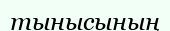
тынысының